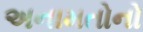
અનામતોનો